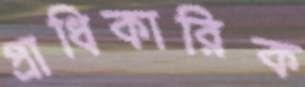
প্রাধিকারিক